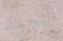
التجمد